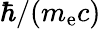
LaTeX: \hbar/(m_{\mathrm{e}}c)